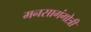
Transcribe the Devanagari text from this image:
मनसागंगोत्री